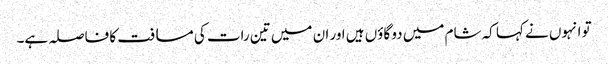
تو انہوں نے کہا کہ شام میں دو گاؤں ہیں اور ان میں تین رات کی مسافت کا فاصلہ ہے۔